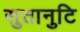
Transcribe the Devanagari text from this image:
सुतानुटि